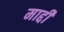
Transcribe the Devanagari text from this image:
माद्दी